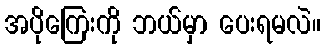
အပိုကြေးကို ဘယ်မှာ ပေးရမလဲ။